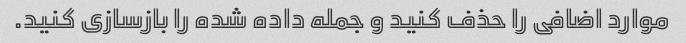
موارد اضافی را حذف کنید و جمله داده شده را بازسازی کنید.